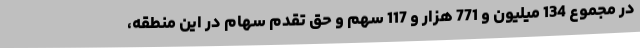
در مجموع 134 میلیون و 771 هزار و 117 سهم و حق تقدم سهام در این منطقه،